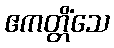
ဧကတ္တိံသေ